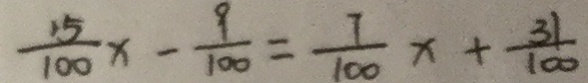
\frac { 1 5 } { 1 0 0 } x - \frac { 9 } { 1 0 0 } = \frac { 7 } { 1 0 0 } x + \frac { 3 1 } { 1 0 0 }